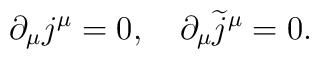
\partial_\mu j^\mu =0, \quad \partial_\mu \widetilde{j}^\mu = 0.